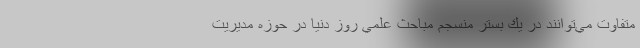
متفاوت مي‌توانند در يك بستر منسجم مباحث علمي روز دنيا در حوزه مديريت